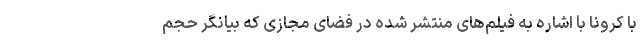
با کرونا با اشاره به فیلم‌های منتشر شده در فضای مجازی که بیانگر حجم